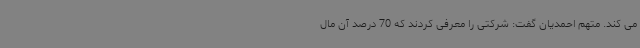
می کند. متهم احمدیان گفت: شرکتی را معرفی کردند که 70 درصد آن مال